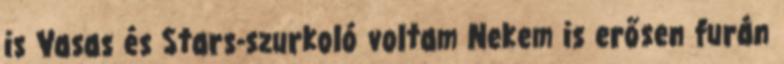
is Vasas és Stars-szurkoló voltam Nekem is erősen furán